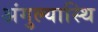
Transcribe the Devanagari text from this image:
अंगुल्यास्थि